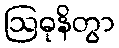
ဩဓုနိတွာ